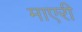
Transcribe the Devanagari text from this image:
माएरी